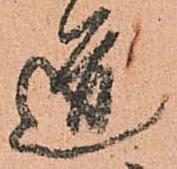
道